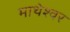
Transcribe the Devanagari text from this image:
माथेश्वर